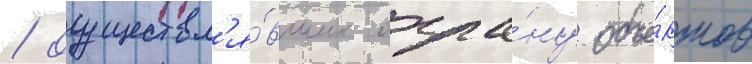
/ осуществл'я́вших охра́ну объе́ктов